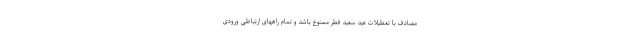
مصادف با تعطیلات عید سعید فطر ممنوع باشد و تمام راههای ارتباطی ورودی